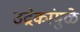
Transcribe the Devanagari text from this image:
उद्रेकांमुळे